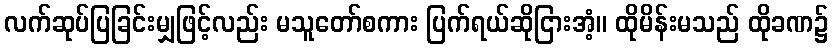
လက်ဆုပ်ပြခြင်းမျှဖြင့်လည်း မသူတော်စကား ပြက်ရယ်ဆိုငြားအံ့။ ထိုမိန်းမသည် ထိုခဏ၌